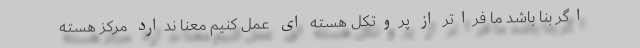
اگر بنا باشد ما فراتر از پروتکل هسته ای عمل کنیم معنا ندارد مرکز هسته